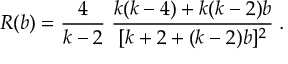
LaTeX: R ( b ) = \frac { 4 } { k - 2 } \; \frac { k ( k - 4 ) + k ( k - 2 ) b } { [ k + 2 + ( k - 2 ) b ] ^ { 2 } } \; .